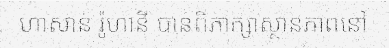
ហាសាន់ រ៉ូហានី បានពិភាក្សាស្ថានភាពនៅ